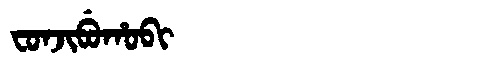
Manchu: ᠸᠣᠨᠵᡳᠪᡠᡥᠣᠪᡳ
Romanization: FONJIBUHOBI